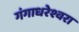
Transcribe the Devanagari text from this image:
गंगाधरेश्वरा